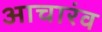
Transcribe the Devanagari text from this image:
आचारंव